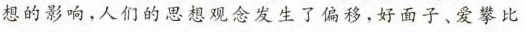
想的影响，人们的思想观念发生了偏移，好面子、爱攀比